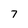
Character: 7